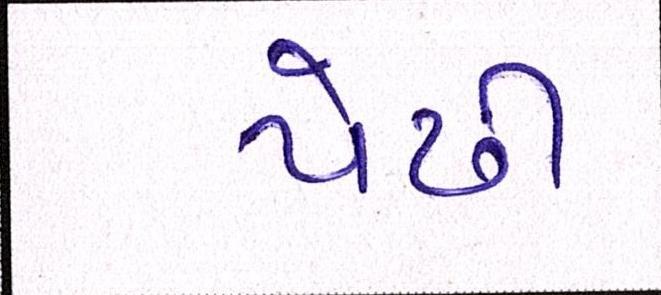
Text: પેઢી